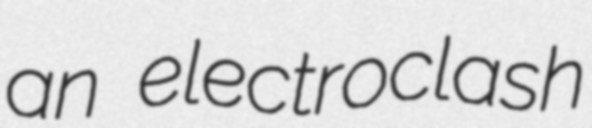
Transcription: an electroclash